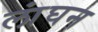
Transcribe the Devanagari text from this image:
लांघन